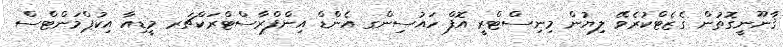
ޤާނޫނީގޮތުން ގެޒެޓްކުރެވޭ ލިޔުން މިނިސްޓްރީ އޮފް ހައުސިންގ އެންޑް އިންފްރާސްޓްރަކްޗަރ މީޑިއާ އިކުޕްމަންޓްސް